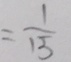
= \frac { 1 } { 1 5 }